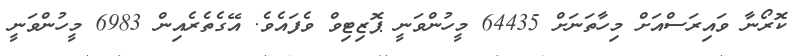
ކޮރޯނާ ވައިރަސްއަށް މިހާތަނަށް 64435 މީހުންވަނީ ޕޮޒިޓިވް ވެފައެވެ. އޭގެތެރެއިން 6983 މީހުންވަނީ